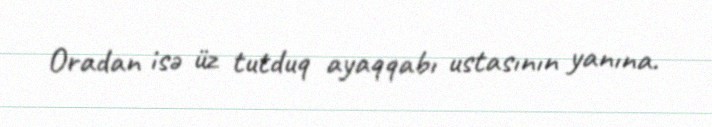
Oradan isə üz tutduq ayaqqabı ustasının yanına.